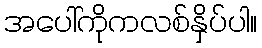
အပေါ်ကိုကလစ်နှိပ်ပါ။